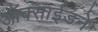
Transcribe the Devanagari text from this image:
ऑक्साईडने